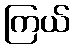
ကြယ်